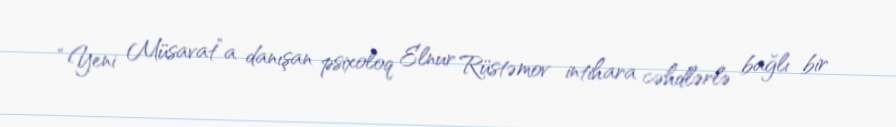
“Yeni Müsavat”a danışan psixoloq Elnur Rüstəmov intihara cəhdlərlə bağlı bir